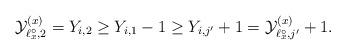
LaTeX: \begin{align*} \mathcal{Y}^{(x)}_{\ell^{\circ}_x, 2} = Y_{i, 2} \geq Y_{i, 1} - 1 \geq Y_{i, j'} + 1 = \mathcal{Y}^{(x)}_{\ell^{\circ}_x, j'} + 1.\end{align*}